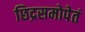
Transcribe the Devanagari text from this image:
छिद्रसमोपेतं